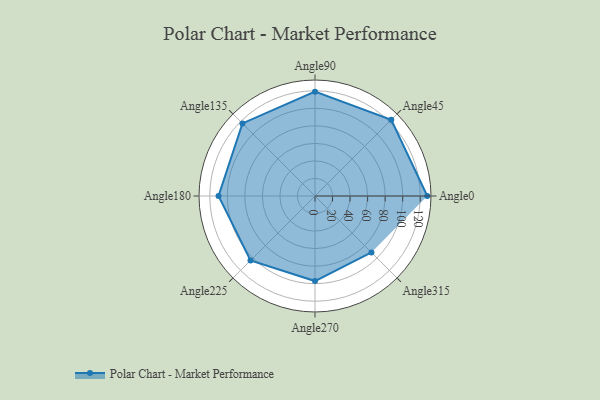
{"axis": {"x": "Angle", "y": "Radius"}, "legend": [""], "data": [{"x": "Angle0", "y": 128.0, "type": ""}, {"x": "Angle45", "y": 123.0, "type": ""}, {"x": "Angle90", "y": 119.0, "type": ""}, {"x": "Angle135", "y": 117.0, "type": ""}, {"x": "Angle180", "y": 110.0, "type": ""}, {"x": "Angle225", "y": 104.0, "type": ""}, {"x": "Angle270", "y": 97.0, "type": ""}, {"x": "Angle315", "y": 91.0, "type": ""}]}